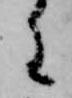
に